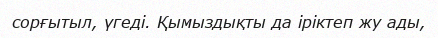
сорғытыл, үгеді. Қымыздықты да іріктеп жу ады,